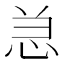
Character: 𰑑